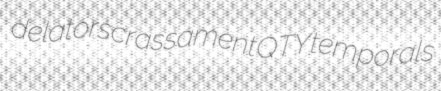
delators crassament QTY temporals